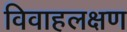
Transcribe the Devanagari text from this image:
विवाहलक्षण